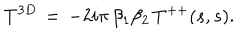
LaTeX: T ^ { 3 D } \, = \, - 2 i \pi \, \beta _ { 1 } \beta _ { 2 } \, T ^ { + + } ( s , s ) .